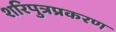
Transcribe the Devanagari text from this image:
शरिपुत्रप्रकरण